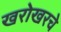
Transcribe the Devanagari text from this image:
खरोखरचे